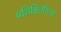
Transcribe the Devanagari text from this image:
प्रशिक्षितरित्या